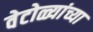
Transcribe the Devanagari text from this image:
वेटोळ्यांच्या